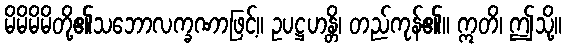
မိမိမိမိတို့၏သဘောလက္ခဏာဖြင့်။ ဥပဋ္ဌဟန္တိ၊ တည်ကုန်၏။ ဣတိ၊ ဤသို့။